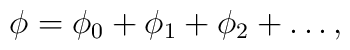
\phi = \phi_0 +\phi_1 + \phi_2+ \ldots,